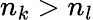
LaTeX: n_{k}>n_{l}